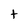
Character: t